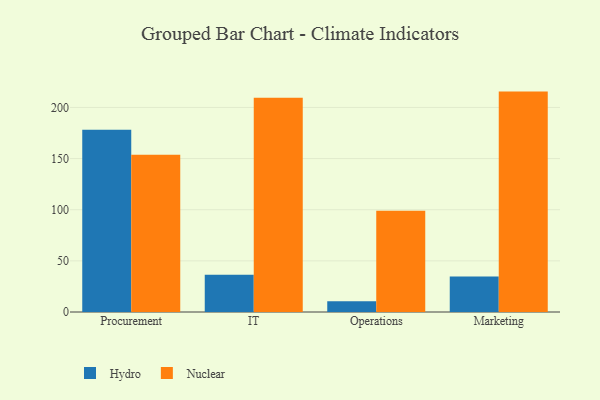
{"axis": {"x": "Department", "y": "Page Views"}, "legend": ["Hydro", "Nuclear"], "data": [{"x": "Procurement", "y": 178.1, "type": "Hydro"}, {"x": "Procurement", "y": 153.8, "type": "Nuclear"}, {"x": "IT", "y": 36.5, "type": "Hydro"}, {"x": "IT", "y": 209.5, "type": "Nuclear"}, {"x": "Operations", "y": 10.4, "type": "Hydro"}, {"x": "Operations", "y": 99.1, "type": "Nuclear"}, {"x": "Marketing", "y": 34.7, "type": "Hydro"}, {"x": "Marketing", "y": 215.5, "type": "Nuclear"}]}